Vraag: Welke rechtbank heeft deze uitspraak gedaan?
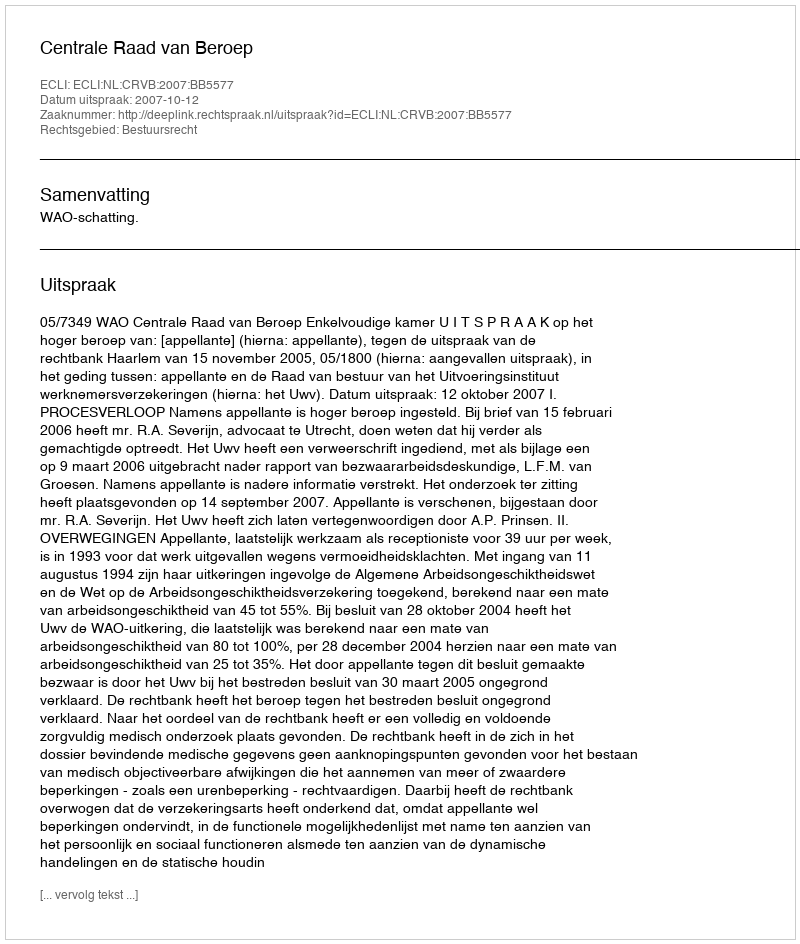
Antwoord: Centrale Raad van Beroep